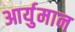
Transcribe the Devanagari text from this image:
आर्युमान